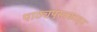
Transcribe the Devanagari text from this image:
पाठ्यपुस्तकातून